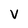
Character: V